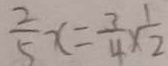
\frac { 2 } { 5 } x = \frac { 3 } { 4 } \times \frac { 1 } { 2 }